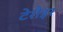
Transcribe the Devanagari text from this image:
टेरौइर